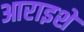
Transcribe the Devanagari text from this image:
आराइशे